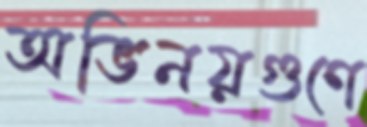
অভিনয়গুণে